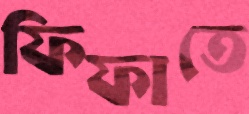
ফিফাতে